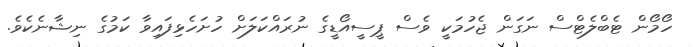
ހޯމޯން ޓެބްލެޓްސް ނަގަން ޖެހުމަކީ ވެސް ޕީސީއޯޑީގެ ނުރައްކަލަށް ހުށަހެޅިފައިވާ ކަމުގެ ނިޝާނެކެވެ.